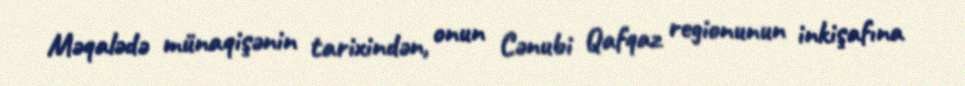
Məqalədə münaqişənin tarixindən, onun Cənubi Qafqaz regionunun inkişafına